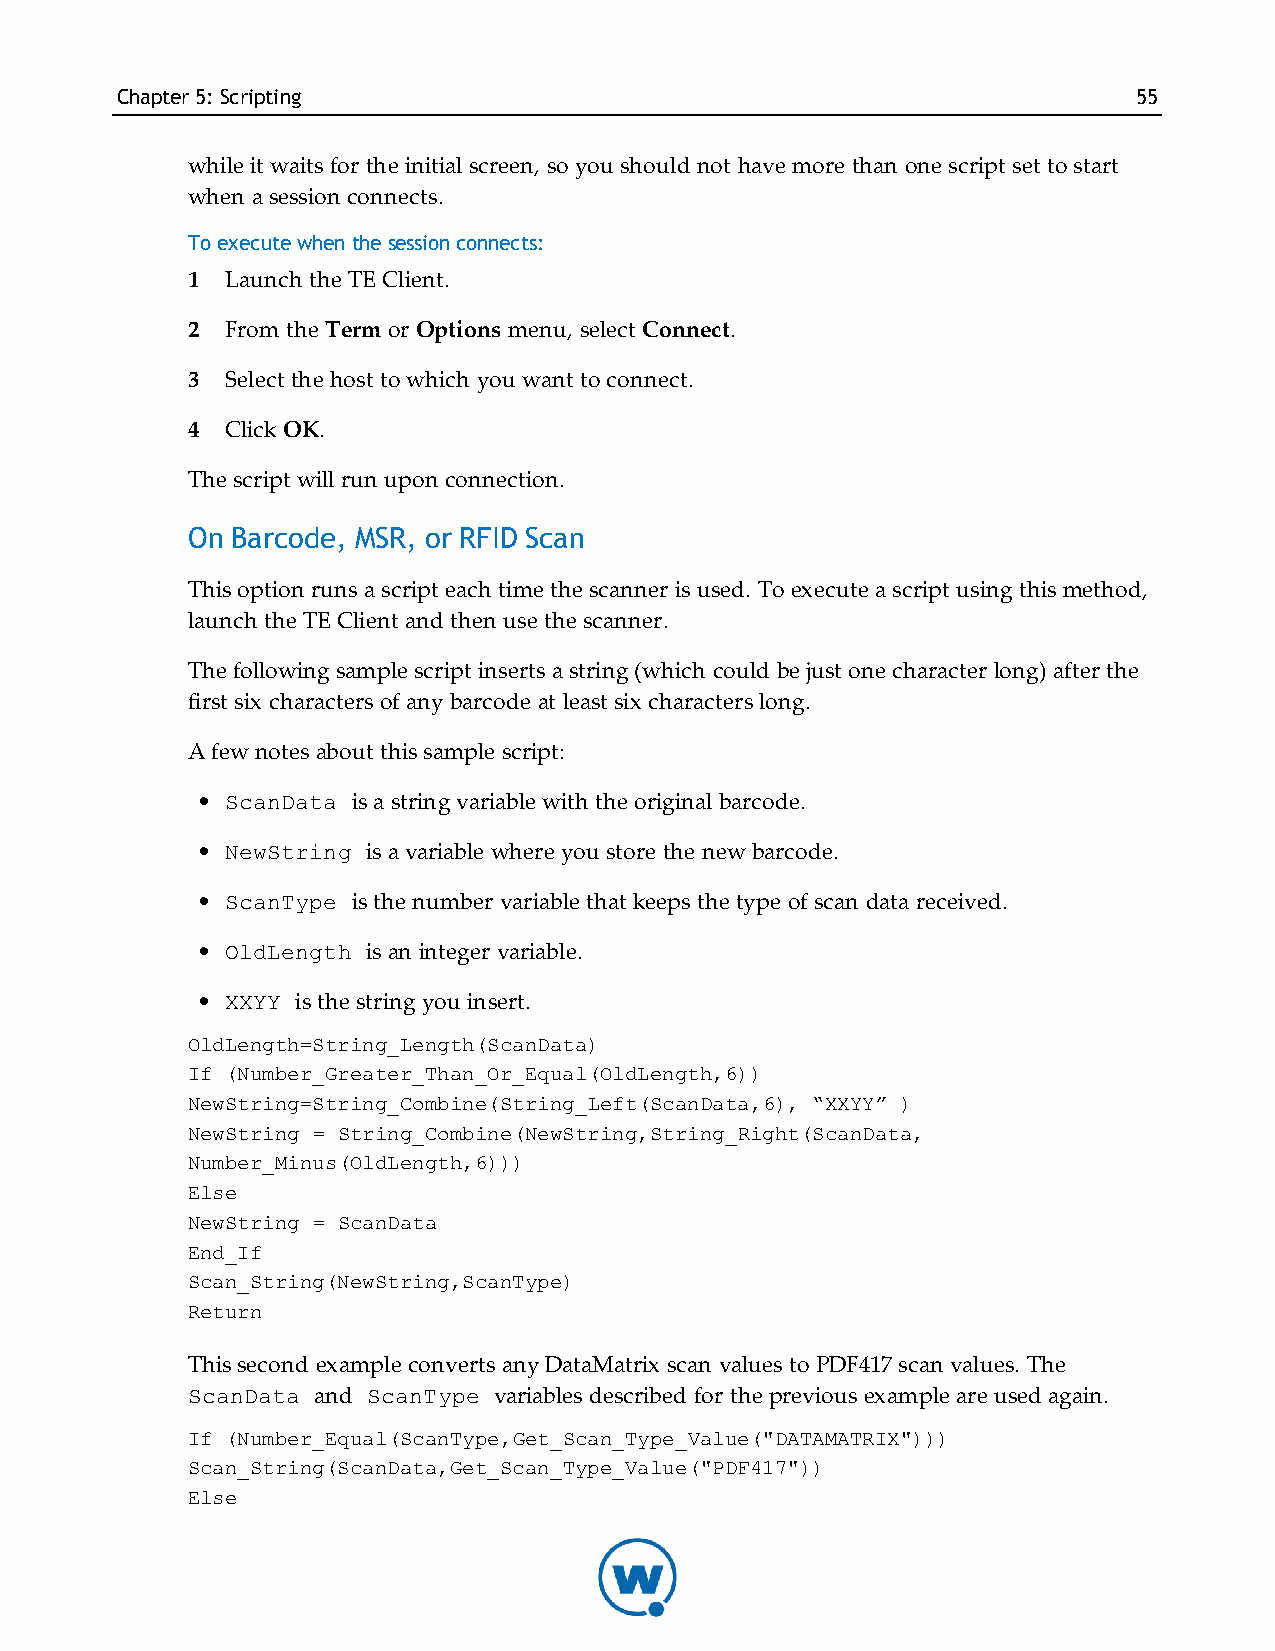
Chapter5: Scripting                                                55
 while it waits for the initial screen, so you should not have more than one script set to start
 when a session connects.
 To execute when the session connects:
 1  Launch the TE Client.
 2  From the Term or Options menu, select Connect.
 3  Select the host to which you want to connect.
 4  Click OK.
 The script will run upon connection.
 On Barcode, MSR, or RFID Scan
 This option runs a script each time the scanner is used. To execute a script using this method,
 launch the TE Client and then use the scanner.
 The following sample script inserts a string (which could be just one character long) after the
 first six characters of any barcode at least six characters long.
 A few notes about this sample script:
 • ScanData is a string variable with the original barcode.
 • NewString is a variable where you store the new barcode.
 • ScanType is the number variable that keeps the type of scan data received.
 • OldLength is an integer variable.
 • XXYY is the string you insert.
 OldLength=String_Length(ScanData)
 If (Number_Greater_Than_Or_Equal(OldLength,6))
 NewString=String_Combine(String_Left(ScanData,6), “XXYY” )
 NewString = String_Combine(NewString,String_Right(ScanData,
 Number_Minus(OldLength,6)))
 Else
 NewString = ScanData
 End_If
 Scan_String(NewString,ScanType)
 Return
 This second example converts any DataMatrix scan values to PDF417 scan values. The
 ScanData and ScanType variables described for the previous example are used again.
 If (Number_Equal(ScanType,Get_Scan_Type_Value("DATAMATRIX")))
 Scan_String(ScanData,Get_Scan_Type_Value("PDF417"))
 Else